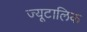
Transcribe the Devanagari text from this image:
ज्यूटालिक